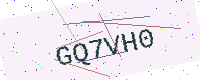
Text: GQ7VH0